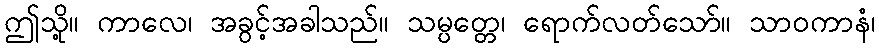
ဤသို့။ ကာလေ၊ အခွင့်အခါသည်။ သမ္ပတ္တေ၊ ရောက်လတ်သော်။ သာဝကာနံ၊